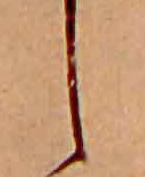
し